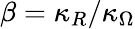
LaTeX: \beta=\kappa_{R}/\kappa_{\Omega}